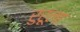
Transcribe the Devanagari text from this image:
रुरूला